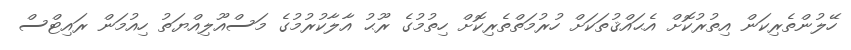
ހޭލުންތެރިކަން އިތުރުކޮށް އެޙައްޤުތަކަށް ހުރުމަތްތެރިކޮށް ހިތުމުގެ ރޫޙު އާލާކުރުމުގެ މަސްއޫލިއްޔަތު ހިއުމަން ރައިޓްސް